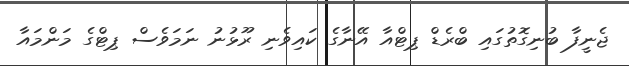
ޖެނީފާ ބުނިގޮތުގައި ބްރެޑް ޕިޓްއާ އޭނާގެ ކައިވެނި ރޫޅުނު ނަމަވެސް ޕިޓްގެ މަންމައާ